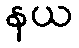
နယ